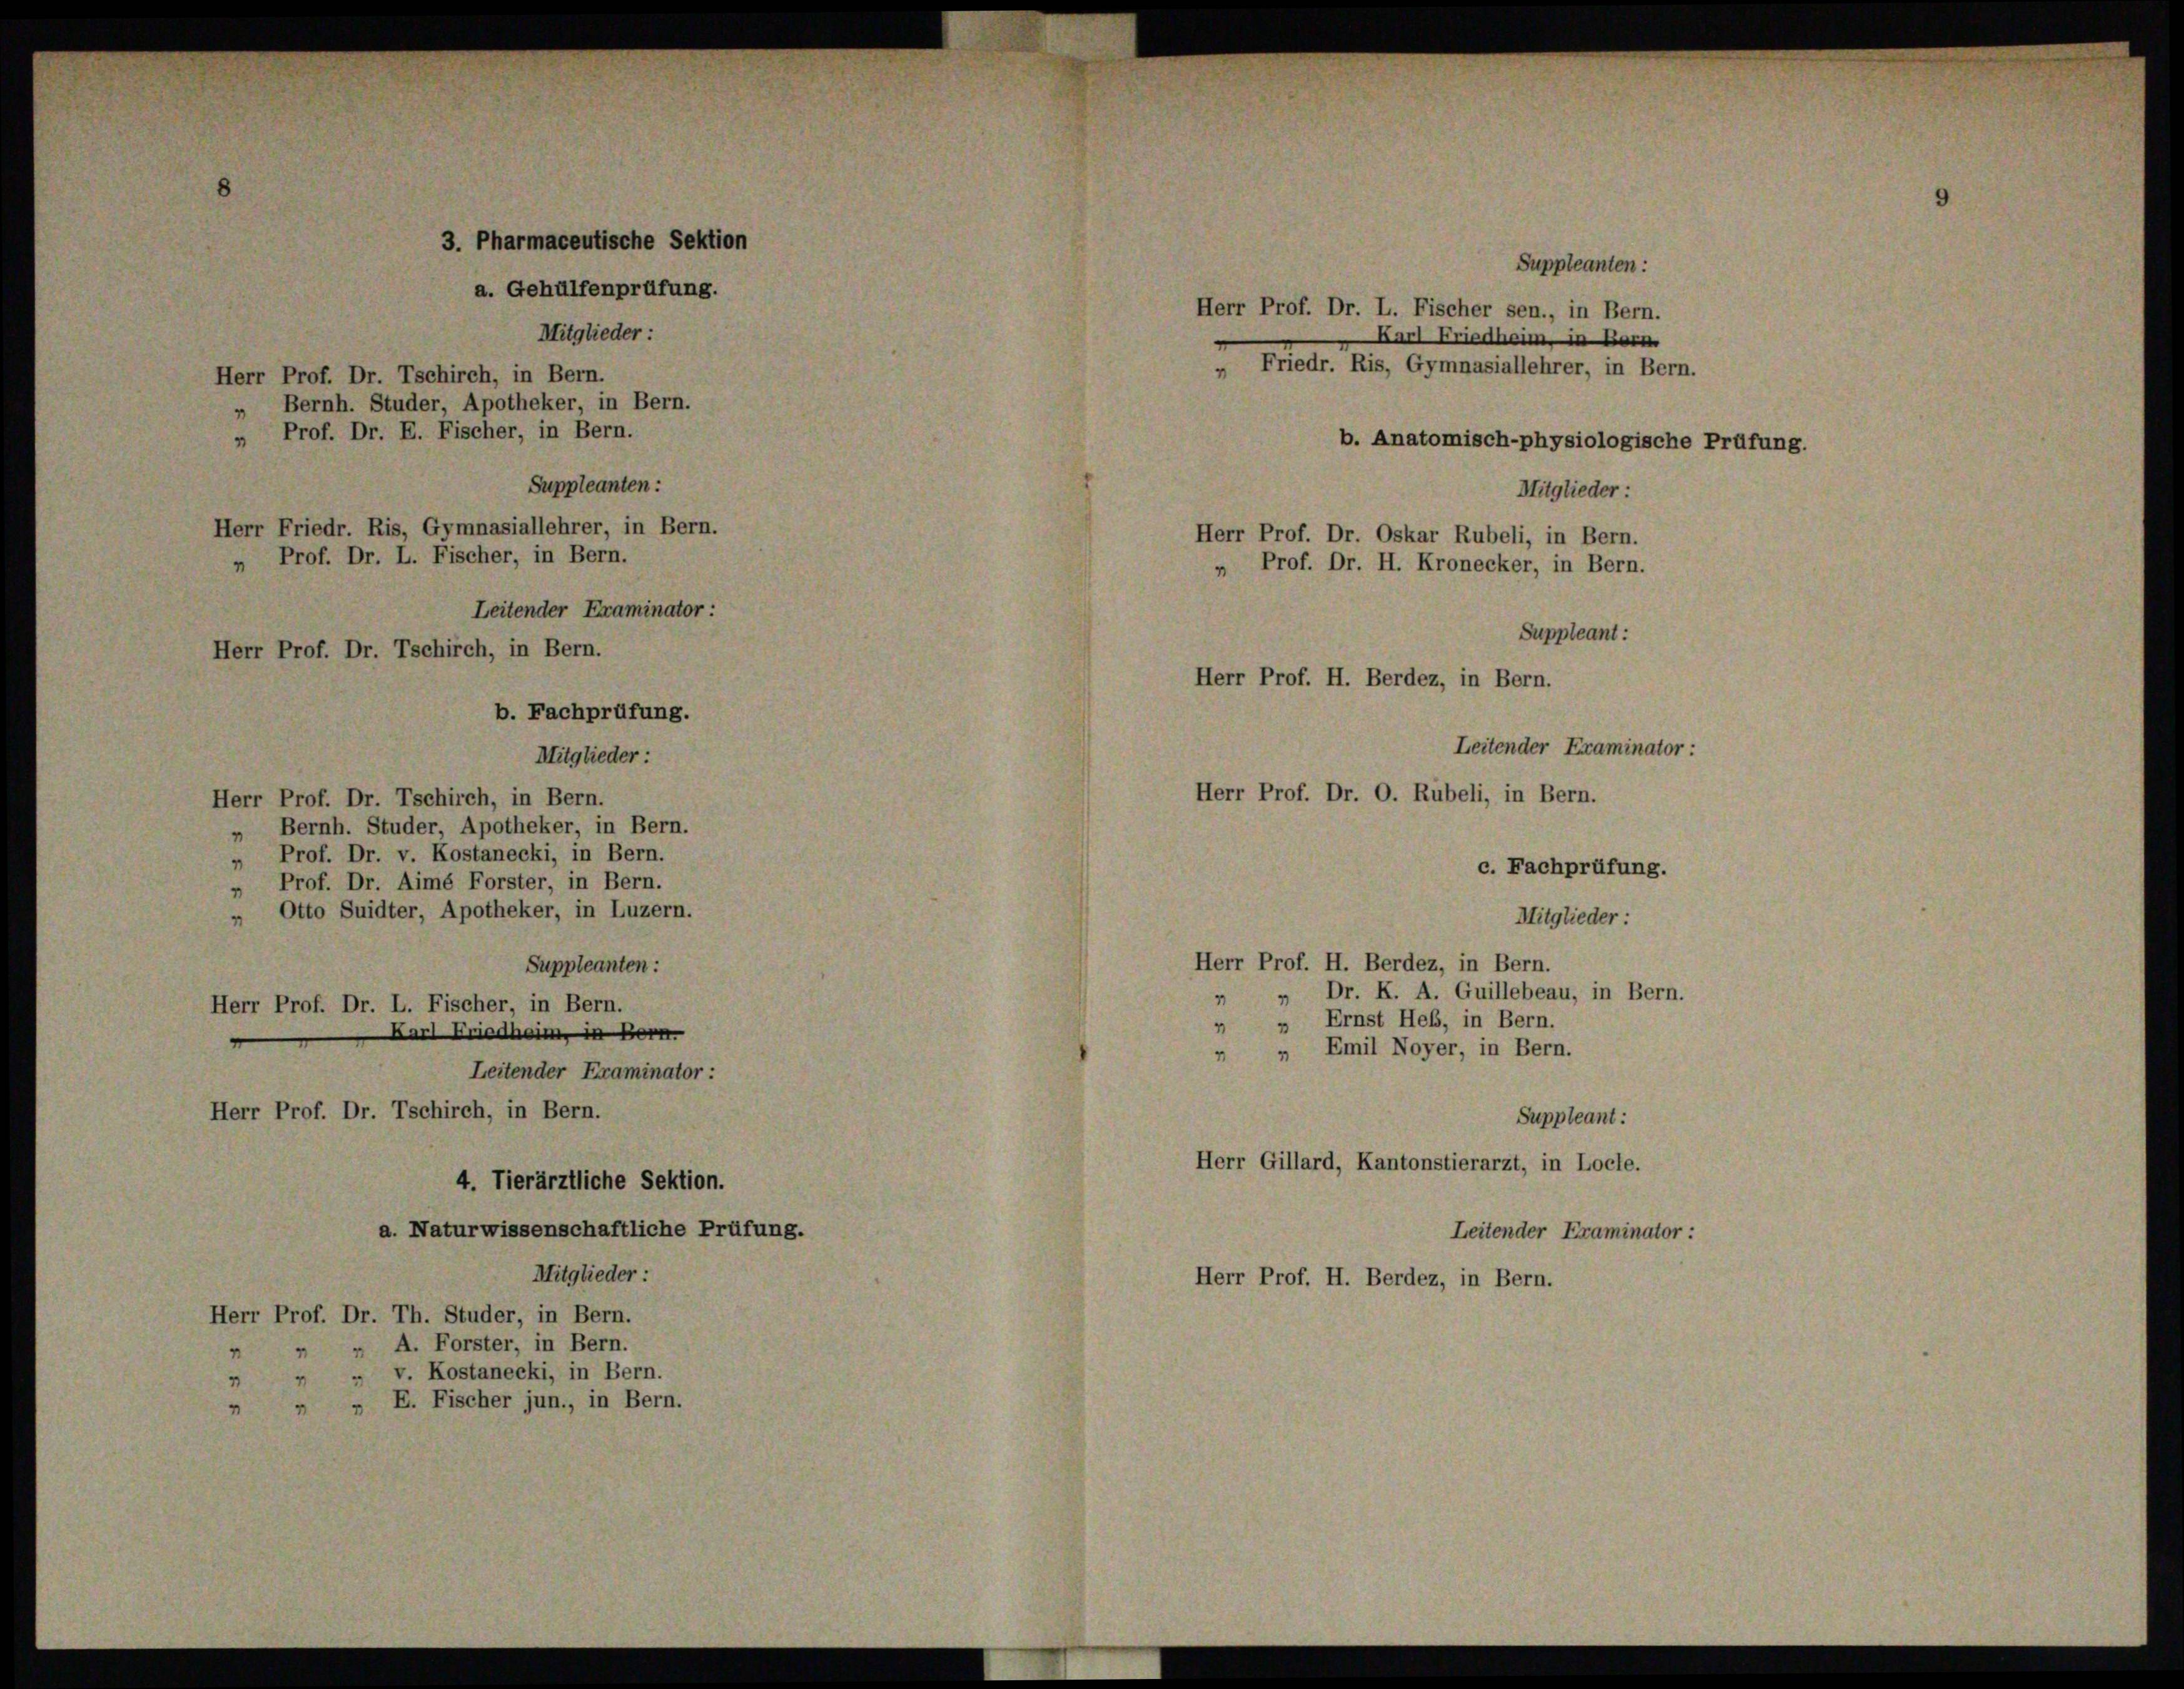
3. Pharmaceutische Sektion
a. Gehülfenprüfung.
Mitglieder:
Herr Prof. Dr. Tschirch, in Bern.
Bernh. Studer, Apotheker, in Bern.
4
Prof. Dr. E. Fischer, in Bern.

Suppleanten:
Herr Prof. Dr. L. Fischer sen., in Bern.
Karl Friedheim
„ Friedr. Ris, Gymnasiallehrer, in Bern.
b. Anatomisch-physiologische Prüfung.
Mitglieder:
Herr Prof. Dr. Oskar Rubeli, in Bern.
Prof. Dr. H. Kronecker, in Bern.
Suppleant:
Herr Prof. H. Berdez, in Bern.
Leitender Examinator :
Herr Prof. Dr. O. Rubeli, in Bern.

Suppleanten:
Herr Prof. Dr. Tschirch, in Bern.
Bernh. Studer, Apotheker, in Bern.
" Prof. Dr. v. Kostanecki, in Bern.
" Prof. Dr. Aimé Forster, in Bern.
Otto Suidter, Apotheker, in Luzern.
1
Suppleanten:
Herr Prof. Dr. L. Fischer, in Bern.
Karl Friedheim Bern.
Leitender Eraminator :
Herr Prof. Dr. Tschirch, in Bern.
4. Tierärztliche Sektion.
a. Naturwissenschaftliche Prüfung.
Mitglieder:
Herr Prof. Dr. Th. Studer, in Bern.
„ A. Forster, in Bern.
 v. Kostanecki, in Bern.
 " " E. Fischer jun., in Bern.

Mitglieder:

Herr Friedr. Ris, Gymnasiallehrer, in Bern.
Prof. Dr. L. Fischer, in Bern.
Leitender Examinator :
Herr Prof. Dr. Tschirch, in Bern.
b. Fachprüfung.

c. Fachprüfung.
Mitglieder:
Herr Prof. H. Berdez, in Bern.
 Dr. K. A. Guillebeau, in Bern.
1
» Ernst Heß, in Bern.
 " Emil Noyer, in Bern.
Suppleant:
Herr Gillard, Kantonstierarzt, in Loche.
Leitender Eraminator :
Herr Prof. H. Berdez, in Bern.